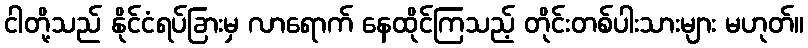
ငါတို့သည် နိုင်ငံရပ်ခြားမှ လာရောက် နေထိုင်ကြသည့် တိုင်းတစ်ပါးသားများ မဟုတ်။